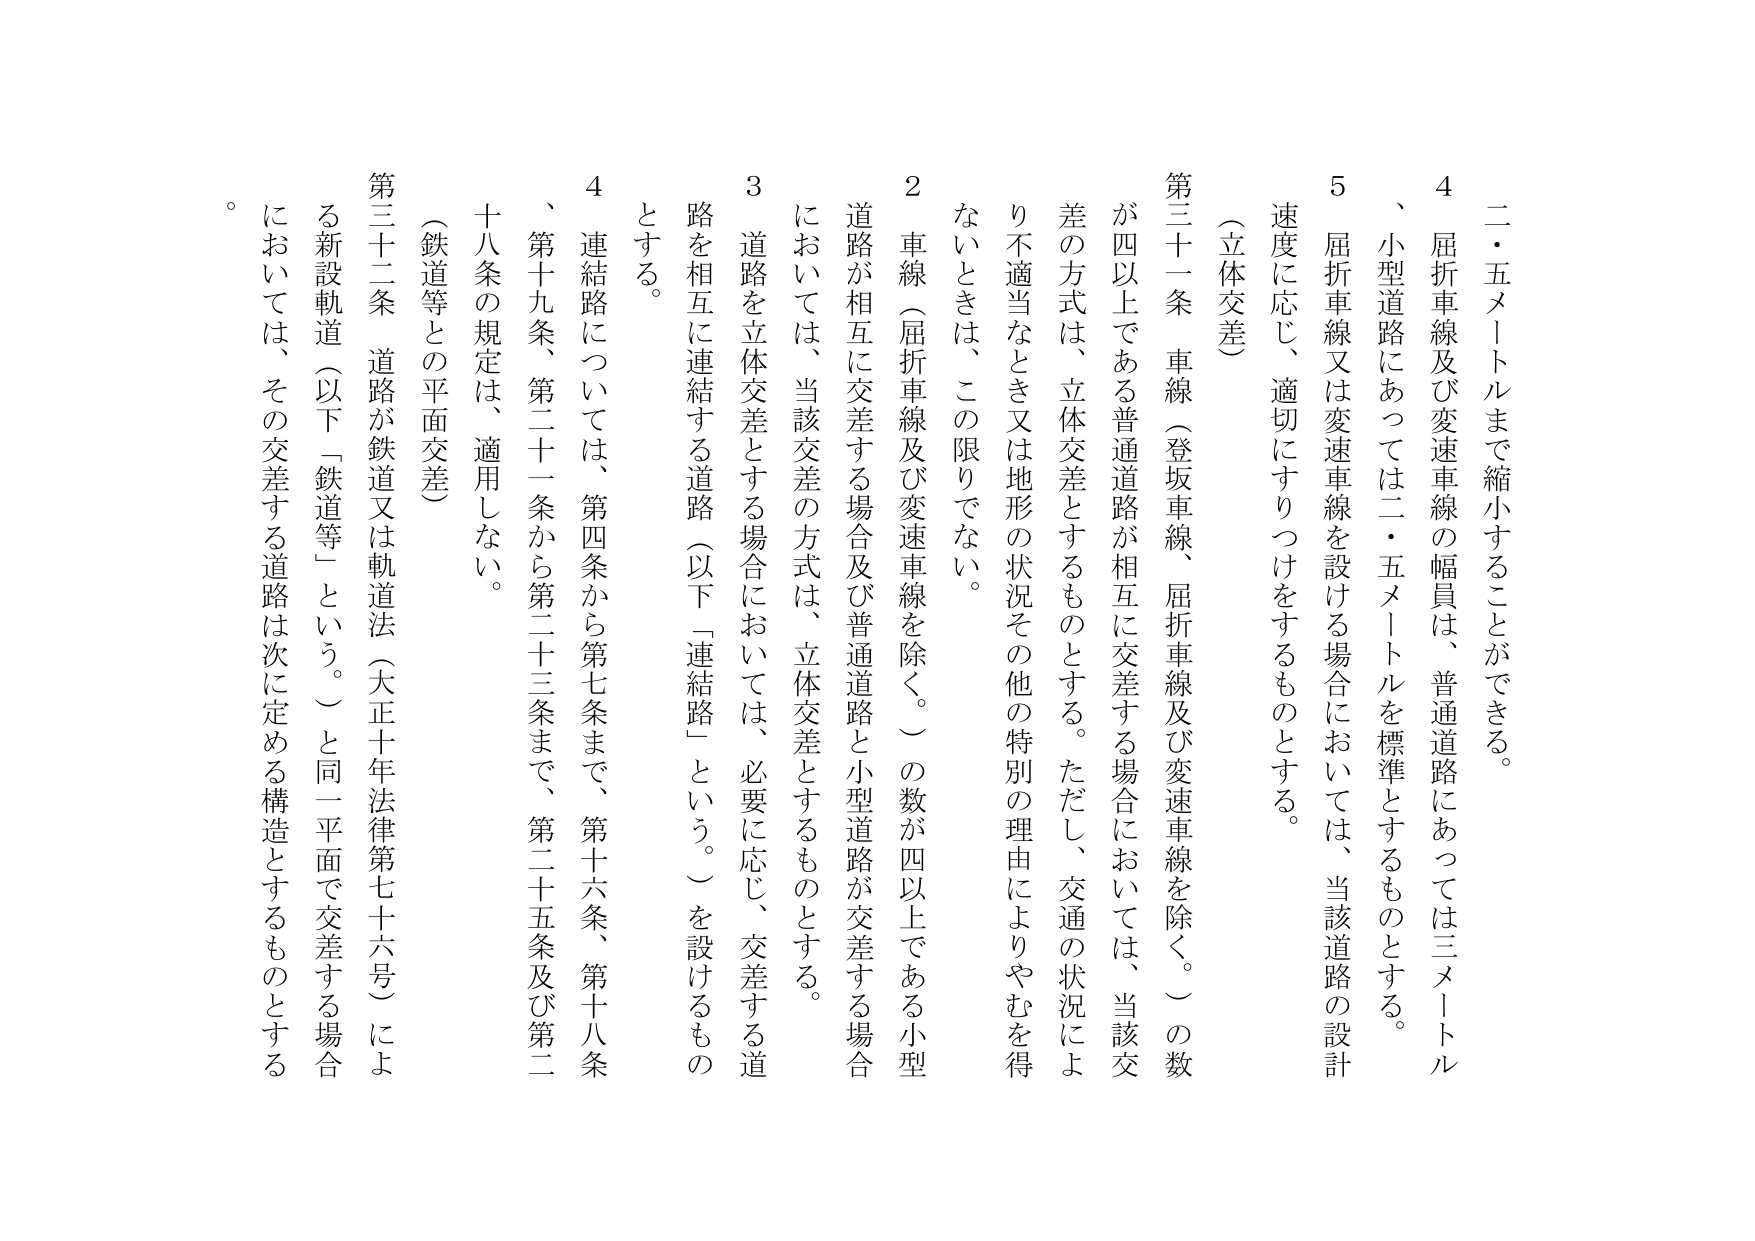
二・五メートルまで縮小することができる。

４　屈折車線及び変速車線の幅員は、普通道路にあっては三メートル、小型道路にあっては二・五メートルを標準とするものとする。

５　屈折車線又は変速車線を設ける場合においては、当該道路の設計速度に応じ、適切にすりつけをするものとする。

（立体交差）

第三十一条　車線（登坂車線、屈折車線及び変速車線を除く。）の数が四以上である普通道路が相互に交差する場合においては、当該交差の方式は、立体交差とするものとする。ただし、交通の状況により不適当なとき又は地形の状況その他の特別の理由によりやむを得ないときは、この限りでない。

２　車線（屈折車線及び変速車線を除く。）の数が四以上である小型道路が相互に交差する場合及び普通道路と小型道路が交差する場合においては、当該交差の方式は、立体交差とするものとする。

３　道路を立体交差とする場合においては、必要に応じ、交差する道路を相互に連結する道路（以下「連結路」という。）を設けるものとする。

４　連結路については、第四条から第七条まで、第十六条、第十八条、第十九条、第二十一条から第二十三条まで、第二十五条及び第二十八条の規定は、適用しない。

（鉄道等との平面交差）

第三十二条　道路が鉄道又は軌道法（大正十年法律第七十六号）による新設軌道（以下「鉄道等」という。）と同一平面で交差する場合においては、その交差する道路は次に定める構造とするものとする。